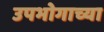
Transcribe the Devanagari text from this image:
उपभोगाच्या